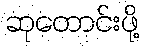
ဆုတောင်းဖို့